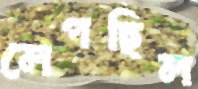
লেপছিল